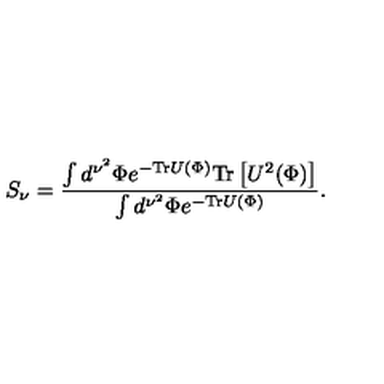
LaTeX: S _ { \nu } = { \frac { \int d ^ { \nu ^ { 2 } } \Phi e ^ { - \mathrm { T r } U ( \Phi ) } \mathrm { T r } \left[ U ^ { 2 } ( \Phi ) \right] } { \int d ^ { \nu ^ { 2 } } \Phi e ^ { - \mathrm { T r } U ( \Phi ) } } } .